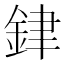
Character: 銉